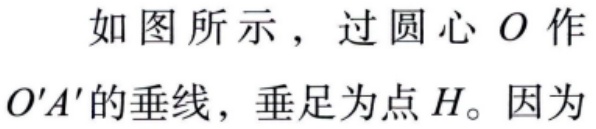
如图所示，过圆心 \(O\) 作 \(O'A'\)的垂线，垂足为点 \(H\)。因为